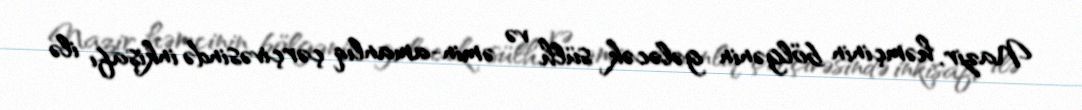
Nazir, həmçinin bölgənin gələcək sülh və əmin-amanlıq çərçivəsində inkişafı ilə